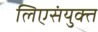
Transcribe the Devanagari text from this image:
लिएसंयुक्त